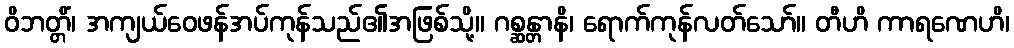
ဝိဘတ္တိံ၊ အကျယ်ဝေဖန်အပ်ကုန်သည်၏အဖြစ်သို့။ ဂစ္ဆန္တာနိ၊ ရောက်ကုန်လတ်သော်။ တီဟိ ကာရဏေဟိ၊